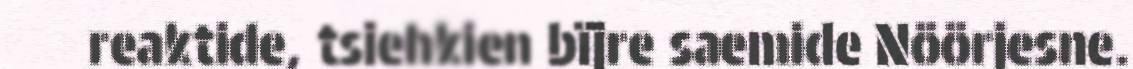
reaktide, tsiehkien bïjre saemide Nöörjesne.